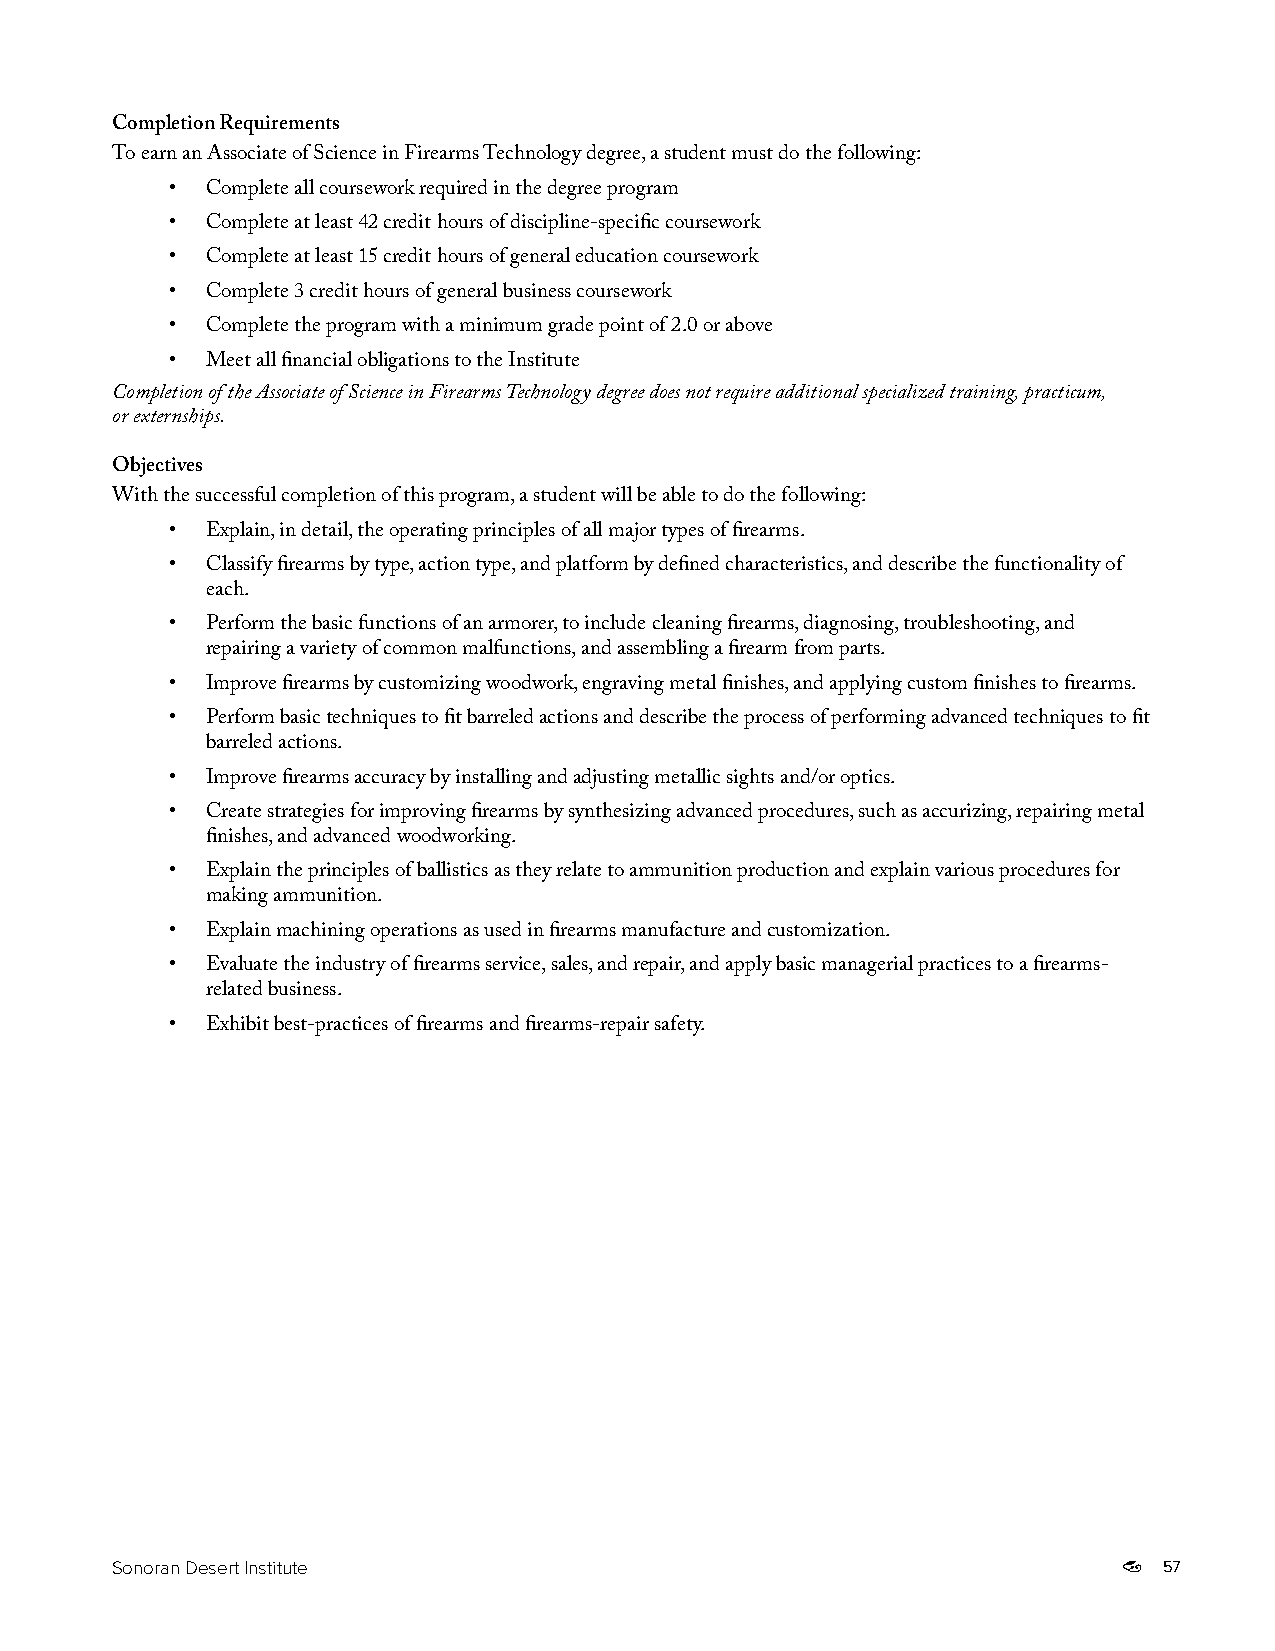
Completion Requirements
 To earn an Associate of Science in Firearms Technology degree, a student must do the following:
 •  Complete all coursework required in the degree program
 •  Complete at least 42 credit hours of discipline-specific coursework
 •  Complete at least 15 credit hours of general education coursework
 •  Complete 3 credit hours of general business coursework
 •  Complete the program with a minimum grade point of 2.0 or above
 •  Meet all financial obligations to the Institute
 Completion of the Associate of Science in Firearms Technology degree does not require additional specialized training, practicum,
 or externships.
 Objectives
 With the successful completion of this program, a student will be able to do the following:
 •  Explain, in detail, the operating principles of all major types of firearms.
 •  Classify firearms by type, action type, and platform by defined characteristics, and describe the functionality of
 each.
 •  Perform the basic functions of an armorer, to include cleaning firearms, diagnosing, troubleshooting, and
 repairing a variety of common malfunctions, and assembling a firearm from parts.
 •  Improve firearms by customizing woodwork, engraving metal finishes, and applying custom finishes to firearms.
 •  Perform basic techniques to fit barreled actions and describe the process of performing advanced techniques to fit
 barreled actions.
 •  Improve firearms accuracy by installing and adjusting metallic sights and/or optics.
 •  Create strategies for improving firearms by synthesizing advanced procedures, such as accurizing, repairing metal
 finishes, and advanced woodworking.
 •  Explain the principles of ballistics as they relate to ammunition production and explain various procedures for
 making ammunition.
 •  Explain machining operations as used in firearms manufacture and customization.
 •  Evaluate the industry of firearms service, sales, and repair, and apply basic managerial practices to a firearms-
 related business.
 •  Exhibit best-practices of firearms and firearms-repair safety.
 Sonoran Desert Institute                                              57